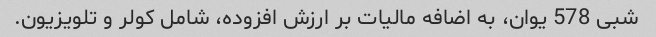
شبی 578 یوان، به اضافه مالیات بر ارزش افزوده، شامل کولر و تلویزیون.